[Report on the health of British troops in the Madras command]
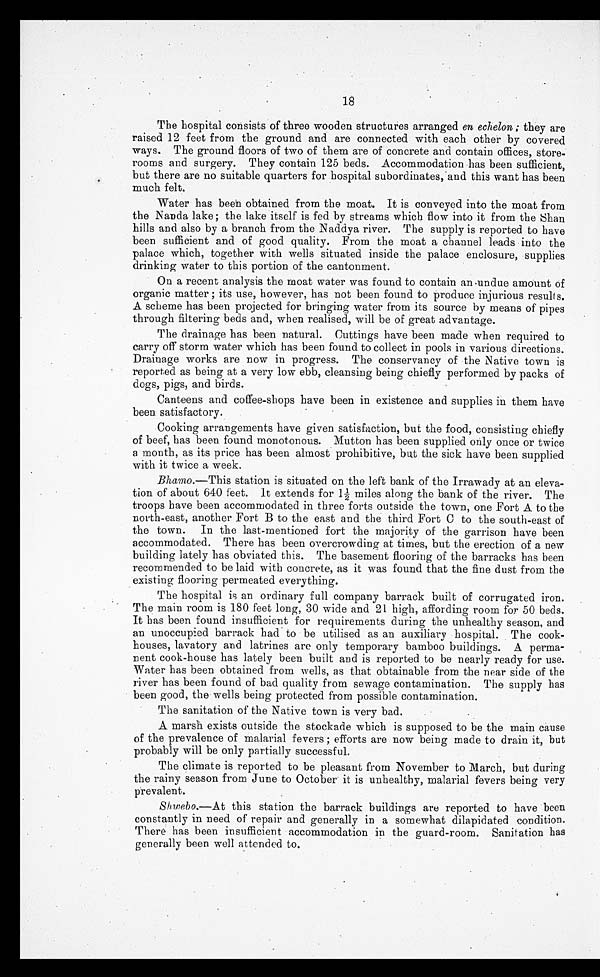
18
The hospital consists of three wooden structures arranged en echelon; they are
raised 12 feet from the ground and are connected with each other by covered
ways. The ground floors of two of them are of concrete and contain offices, store
- r o o m s a n d s u r g e r y . T h e y c o n t a i n 1 2 5 b e d s . A c c o m m o d a t i o n h a s b e e n s u f f i c i e n t ,
but there are no suitable quarters for hospital subordinates, and this want has been
much felt.
Water has been obtained from the moat. It is conveyed into the moat from
the Nanda lake; the lake itself is fed by streams which flow into it from the Shan
hills and also by a branch from the Naddya river. The supply is reported to have
been sufficient and of good quality. From the moat a channel leads into the
palace which, together with wells situated inside the palace enclosure, supplies
drinking water to this portion of the cantonment.
On a recent analysis the moat water was found to contain an undue amount of
organic matter; its use, however, has not been found to produce injurious results.
A scheme has been projected for bringing water from its source by means of pipes
through filtering beds and, when realised, will be of great advantage.
The drainage has been natural. Cuttings have been made when required to
carry off storm water which has been found to collect in pools in various directions.
Drainage works are now in progress. The conservancy of the Native town is
reported as being at a very low ebb, cleansing being chiefly performed by packs of
dogs, pigs, and birds.
Canteens and coffee-shops have been in existence and supplies in them have
been satisfactory.
Cooking arrangements have given satisfaction, but the food, consisting chiefly
of beef, has been found monotonous. Mutton has been supplied only once or twice
a month, as its price has been almost prohibitive, but the sick have been supplied
with it twice a week.
Bhamo .—This station is situated on the left bank of the Irrawady at an eleva
- t i o n o f a b o u t 6 4 0 f e e t . I t e x t e n d s f o r l ½ m i l e s a l o n g t h e b a n k o f t h e r i v e r . T h e
troops have been accommodated in three forts outside the town, one Fort A to the
north-east, another Fort B to the east and the third Fort C to the south-east of
the town. In the last-mentioned fort the majority of the garrison have been
accommodated. There has been overcrowding at times, but the erection of a new
building lately has obviated this. The basement flooring of the barracks has been
recommended to be laid with concrete, as it was found that the fine dust from the
existing flooring permeated everything.
The hospital is an ordinary full company barrack built of corrugated iron.
The main room is 180 feet long, 30 wide and 21 high, affording room for 50 beds.
It has been found insufficient for requirements during the unhealthy season, and
an unoccupied barrack had to be utilised as an auxiliary hospital. The cook
-houses, lavatory and latrines are only temporary bamboo buildings. A perma-
-nent cook-house has lately been built and is reported to be nearly ready for use.
Water has been obtained from wells, as that obtainable from. the near side of the
river has been found of bad quality from sewage contamination. The supply has
been good, the wells being protected from possible contamination.
The sanitation of the Native town is very bad.
A marsh exists outside the stockade which is supposed to be the main cause
of the prevalence of malarial fevers; efforts are now being made to drain it, but
probably will be only partially successful.
The climate is reported to be pleasant from November to March, but during
the rainy season from June to October it is unhealthy, malarial fevers being very
prevalent.
Shwebo .—At this station the barrack buildings are reported to have been
constantly in need of repair and generally in a somewhat dilapidated condition.
There has been insufficient accommodation in the guard-room. Sanitation has
generally been well attended to.